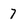
Character: 7